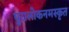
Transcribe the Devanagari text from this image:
पुरालोकनमस्कृत